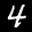
Label: 4